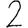
Digit: 2